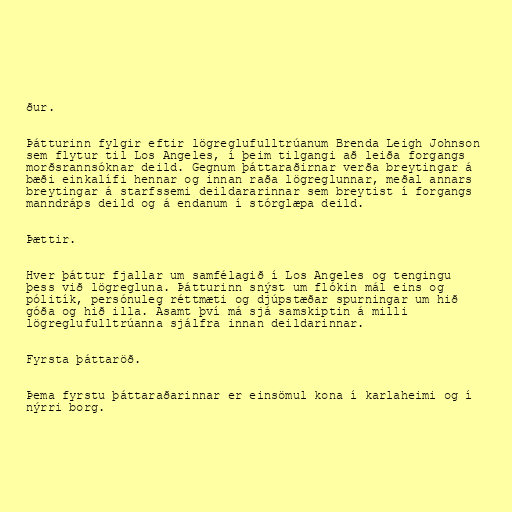
ður.

Þátturinn fylgir eftir lögreglufulltrúanum Brenda Leigh Johnson
sem flytur til Los Angeles, í þeim tilgangi að leiða forgangs
morðsrannsóknar deild. Gegnum þáttaraðirnar verða breytingar á
bæði einkalífi hennar og innan raða lögreglunnar, meðal annars
breytingar á starfssemi deildararinnar sem breytist í forgangs
manndráps deild og á endanum í stórglæpa deild.

Þættir.

Hver þáttur fjallar um samfélagið í Los Angeles og tengingu
þess við lögregluna. Þátturinn snýst um flókin mál eins og
pólitík, persónuleg réttmæti og djúpstæðar spurningar um hið
góða og hið illa. Ásamt því má sjá samskiptin á milli
lögreglufulltrúanna sjálfra innan deildarinnar.

Fyrsta þáttaröð.

Þema fyrstu þáttaraðarinnar er einsömul kona í karlaheimi og í
nýrri borg.